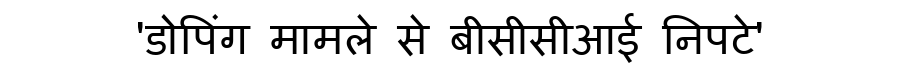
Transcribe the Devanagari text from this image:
'डोपिंग मामले से बीसीसीआई निपटे'